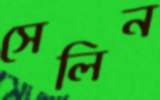
সেলিন